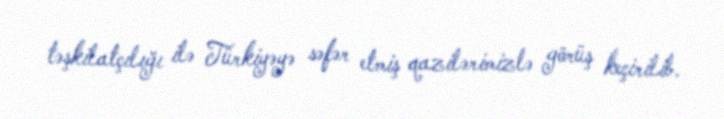
təşkilatçılığı ilə Türkiyəyə səfər etmiş qazilərimizlə görüş keçirilib.